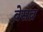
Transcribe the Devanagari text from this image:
बेसब्र